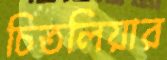
চিতলিয়ার